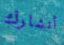
أتشارك